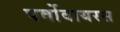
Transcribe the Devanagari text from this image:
पर्वोवायरस